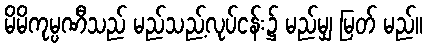
မိမိကုမ္ပဏီသည် မည်သည့်လုပ်ငန်း၌ မည်မျှ မြတ် မည်။